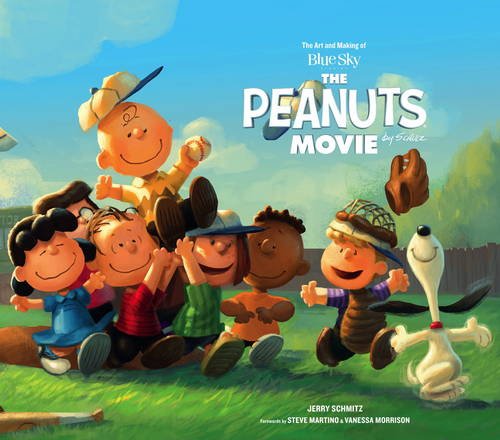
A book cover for The Art and Making of The Peanuts Movie; Jerry Schmitz; Humor & Entertainment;